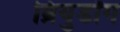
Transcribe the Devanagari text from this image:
ब्रियुडॉग